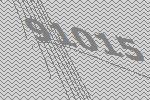
91015